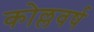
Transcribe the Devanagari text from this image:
कोल्लवर्ष